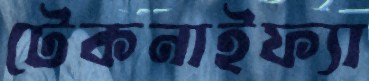
টেকনাইফ্যা